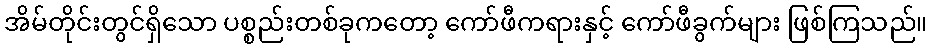
အိမ်တိုင်းတွင်ရှိသော ပစ္စည်းတစ်ခုကတော့ ကော်ဖီကရားနှင့် ကော်ဖီခွက်များ ဖြစ်ကြသည်။